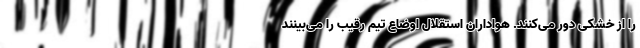
را از خشکی دور می‌کنند. هواداران استقلال اوضاع تیم رقیب را می‌بینند